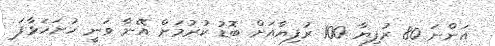
އަންނަ 80 ރުފިޔާ 100 ރުފިޔާއަށް ބޮޑު ކުރުމަށް އޭނާ ވަނީ ހުށަހަޅާފަ